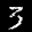
Label: 3